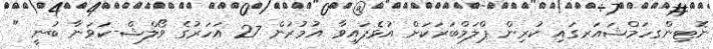
ނޮޓިންގހަމްޝައަރގައި ކުރިން ޕްލަމްބަރަކަށް އުޅެފައިވާ އުމުރުން 27 އަހަރުގެ ވޯލްޝް-ކަވަނާ ބުނީ "